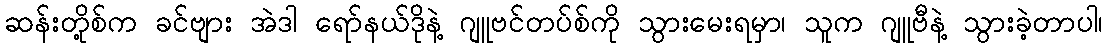
ဆန်းတို့စ်က ခင်ဗျား အဲဒါ ရော်နယ်ဒိုနဲ့ ဂျူဗင်တပ်စ်ကို သွားမေးရမှာ၊ သူက ဂျူဗီနဲ့ သွားခဲ့တာပါ၊